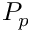
P _ { p }